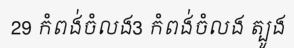
29 កំពង់ចំលង3 កំពង់ចំលង ត្បូង